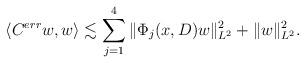
LaTeX: \begin{align*}\langle C^{err} w, w \rangle \lesssim \sum_{j=1}^4 \| \Phi_j(x,D) w\|_{L^2}^2 + \| w \|_{L^2}^2.\end{align*}